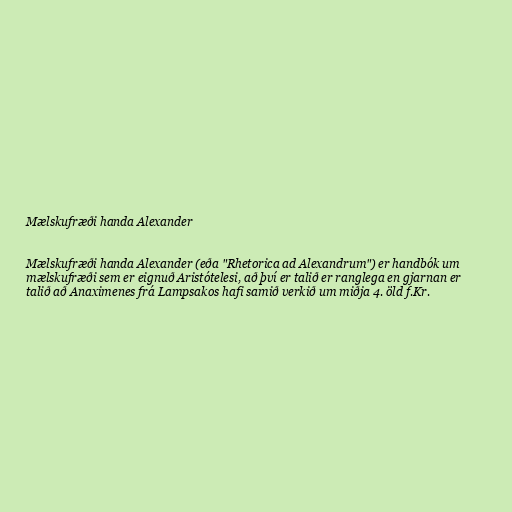
Mælskufræði handa Alexander

Mælskufræði handa Alexander (eða "Rhetorica ad Alexandrum") er handbók um
mælskufræði sem er eignuð Aristótelesi, að því er talið er ranglega en gjarnan er
talið að Anaximenes frá Lampsakos hafi samið verkið um miðja 4. öld f.Kr.